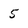
Character: 5